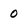
Character: 0